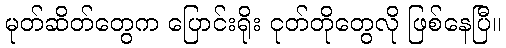
မုတ်ဆိတ်တွေက ပြောင်းရိုး ငုတ်တိုတွေလို ဖြစ်နေပြီ။